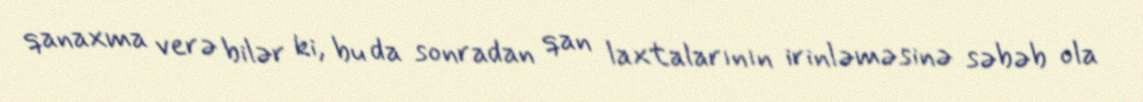
qanaxma verə bilər ki, bu da sonradan qan laxtalarının irinləməsinə səbəb ola